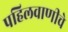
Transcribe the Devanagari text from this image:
पहिलवाणीचे